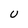
Character: U